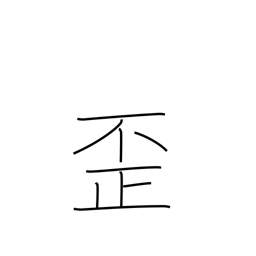
Meaning: distort